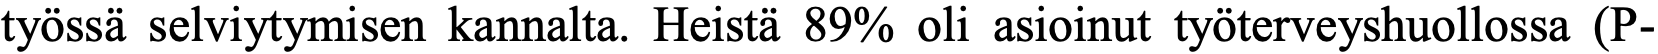
työssä selviytymisen kannalta. Heistä 89% oli asioinut työterveyshuollossa (P-